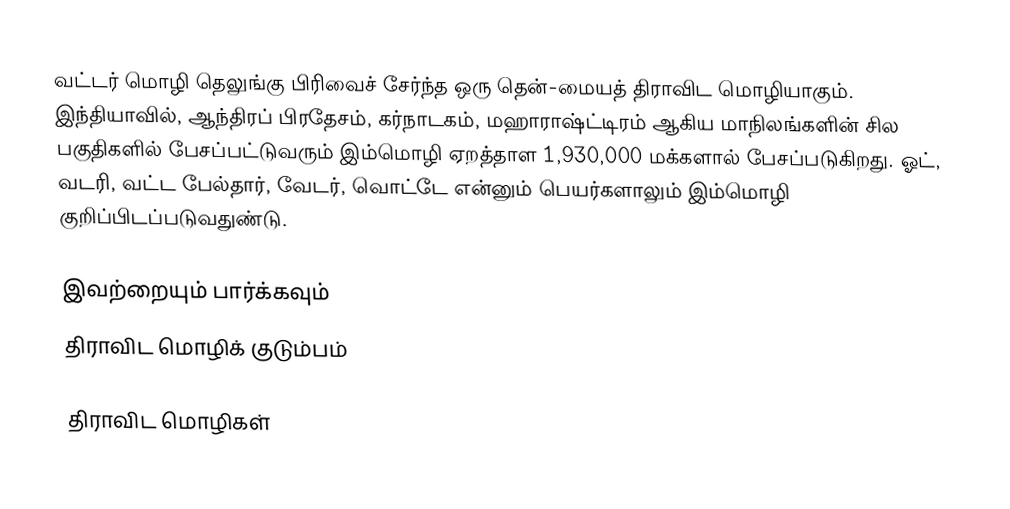
வட்டர் மொழி தெலுங்கு பிரிவைச் சேர்ந்த ஒரு தென்-மையத் திராவிட மொழியாகும். இந்தியாவில், ஆந்திரப் பிரதேசம், கர்நாடகம், மஹாராஷ்ட்டிரம் ஆகிய மாநிலங்களின் சில பகுதிகளில் பேசப்பட்டுவரும் இம்மொழி ஏறத்தாள 1,930,000 மக்களால் பேசப்படுகிறது. ஓட், வடரி, வட்ட பேல்தார், வேடர், வொட்டே என்னும் பெயர்களாலும் இம்மொழி குறிப்பிடப்படுவதுண்டு.

இவற்றையும் பார்க்கவும்
 திராவிட மொழிக் குடும்பம்

திராவிட மொழிகள்